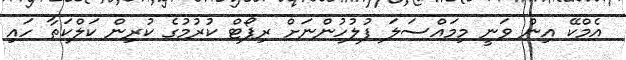
އެމްކޭ އިން ވަނީ މިމައްސަލަ ފުލުހުންނަށް ރިޕޯޓް ކުރުމުގެ ކުރިން ކަލްކަތާ ހައި